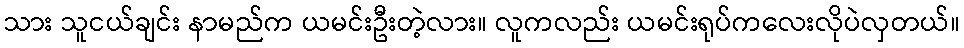
သား သူငယ်ချင်း နာမည်က ယမင်းဦးတဲ့လား။ လူကလည်း ယမင်းရုပ်ကလေးလိုပဲလှတယ်။